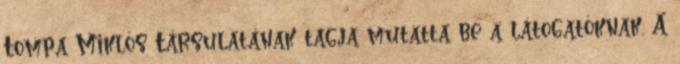
Tompa Miklós Társulatának tagja mutatta be a látogatóknak. A